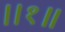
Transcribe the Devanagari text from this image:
।।१॥